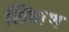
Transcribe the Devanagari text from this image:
सिंघाण